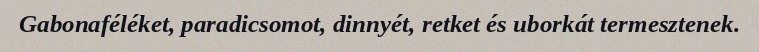
Gabonaféléket, paradicsomot, dinnyét, retket és uborkát termesztenek.